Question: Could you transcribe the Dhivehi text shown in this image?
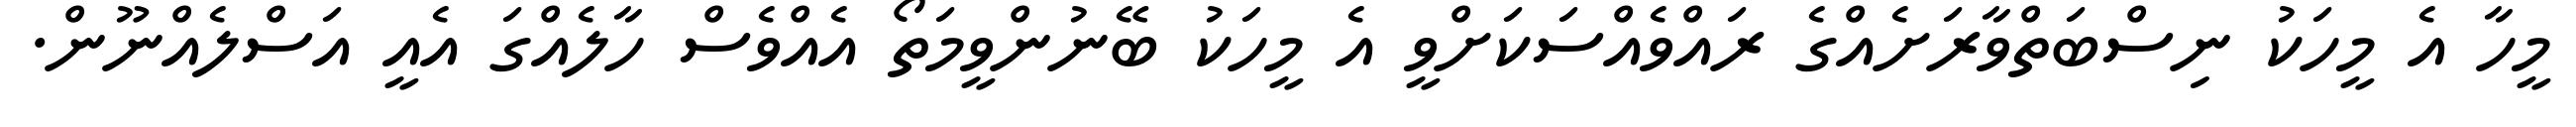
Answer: މީހާ އެ މީހަކު ނިސްބަތްވާރަށެއްގެ ރައްވެއްސަކަށްވީ އެ މީހަކު ބޭނުންވީމަތޯ އެއްވެސް ހާލެއްގަ އެއީ އަސްލެއްނޫން.